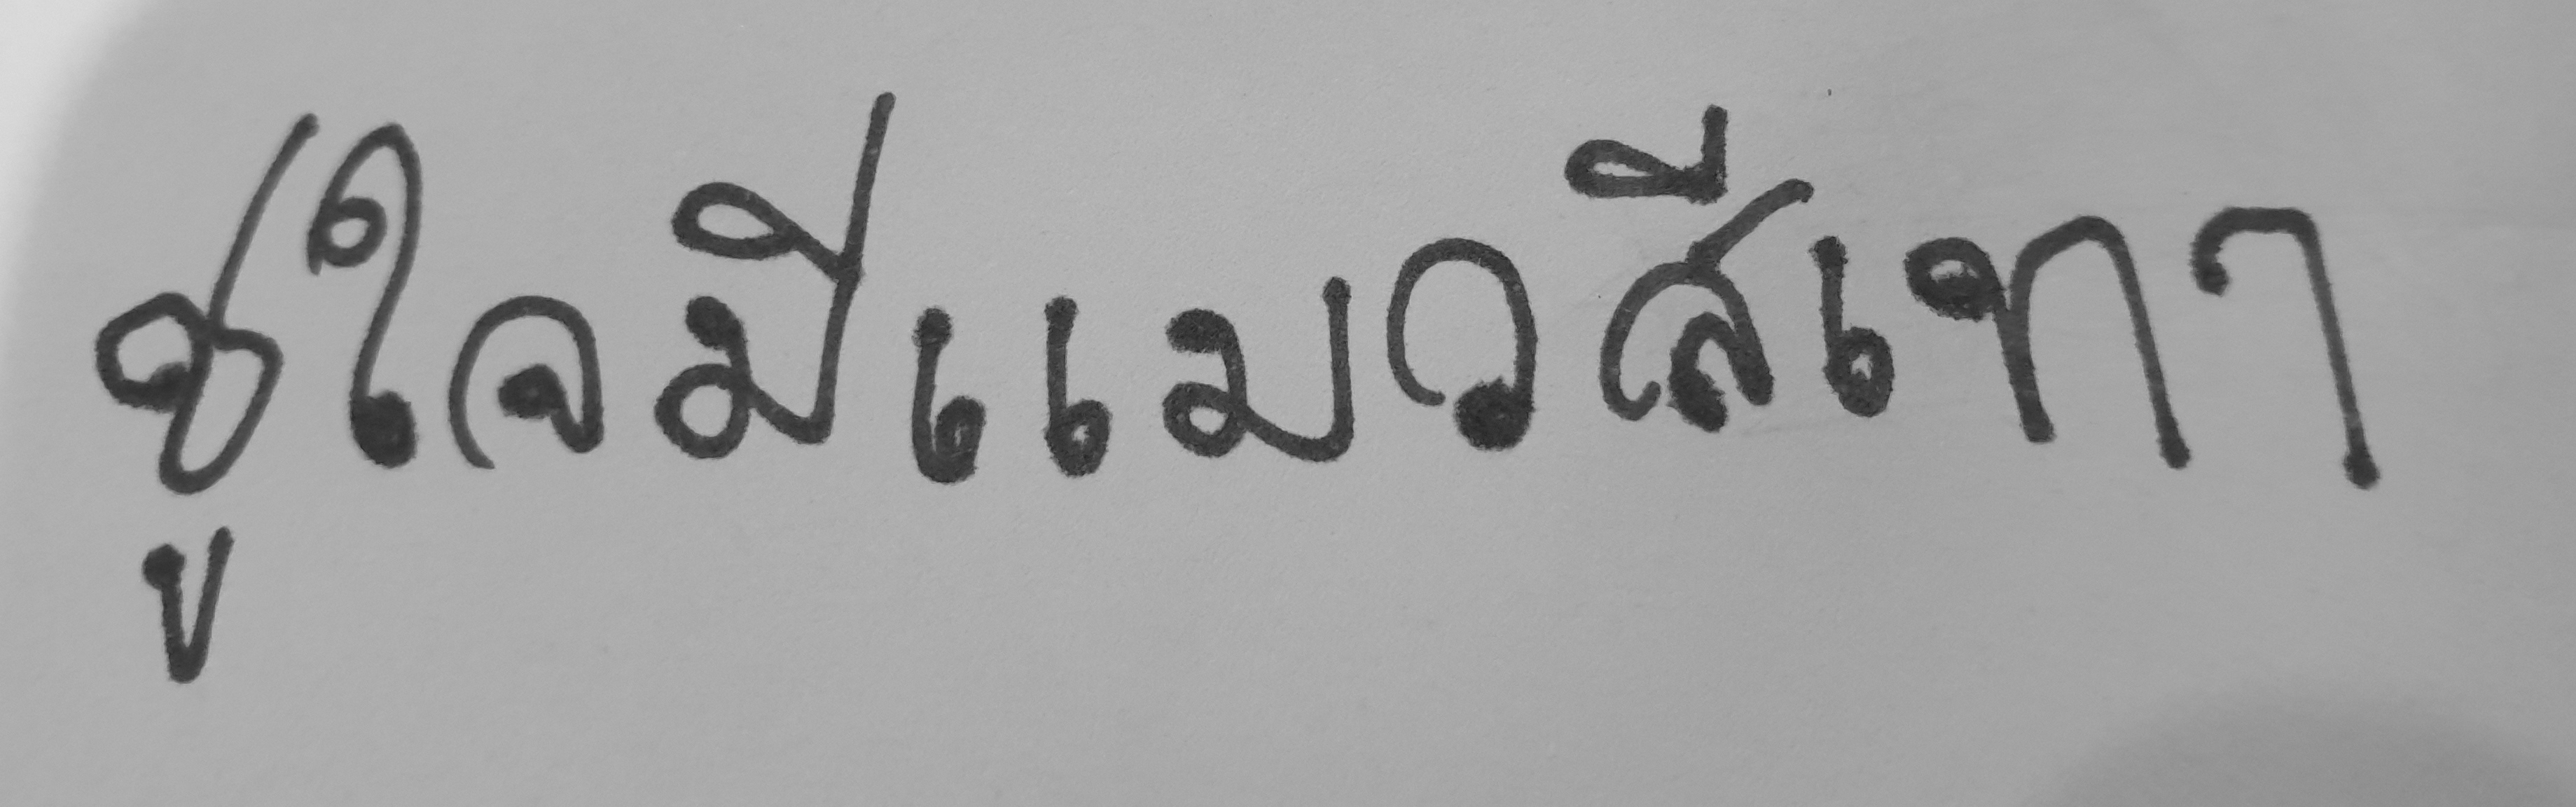
ชูใจมีแมวสีเทา